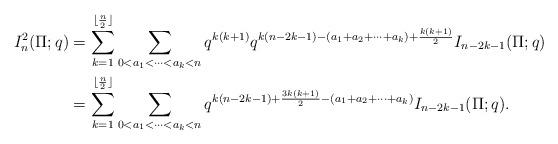
LaTeX: \begin{align*}I_n^{2}(\Pi;q) &= \sum_{k=1}^{\lfloor{\frac{n}{2}}\rfloor} \sum_{0 < a_1 < \cdots < a_k < n} q^{k(k+1)}q^{k(n-2k-1) - (a_1 + a_2 + \cdots + a_k) + \frac{k(k+1)}{2}} I_{n-2k-1}(\Pi;q)\\&= \sum_{k=1}^{\lfloor{\frac{n}{2}}\rfloor} \sum_{0 < a_1 < \cdots < a_k < n} q^{k(n-2k-1) + \frac{3k(k+1)}{2} - (a_1 + a_2 + \cdots + a_k)} I_{n-2k-1}(\Pi;q).\end{align*}